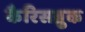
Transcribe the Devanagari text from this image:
कैरिसब्रुक